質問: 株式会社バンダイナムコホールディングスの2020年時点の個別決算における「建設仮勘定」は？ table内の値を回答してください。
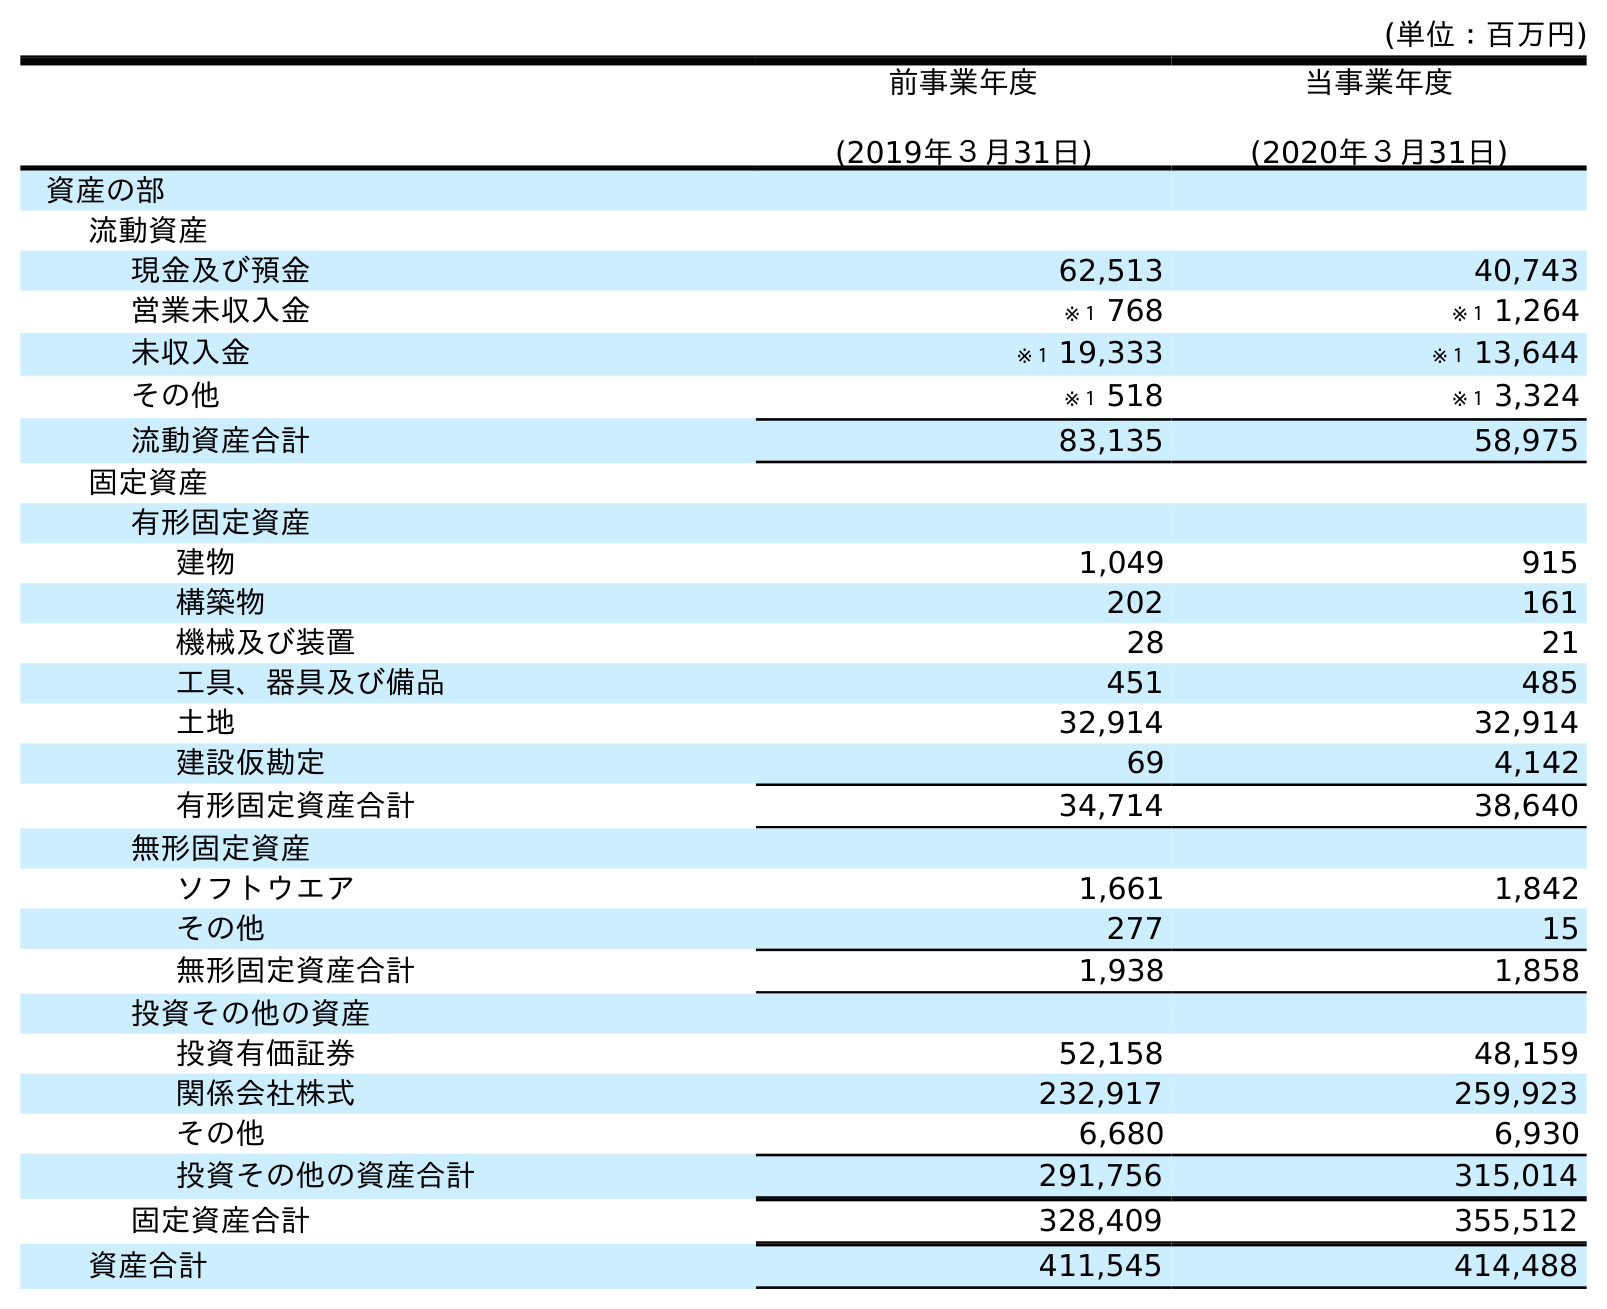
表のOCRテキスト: (単位：百万円) 前事業年度 (2019年３月31日) 当事業年度 (2020年３月31日) 資産の部 流動資産 現金及び預金 62,513 40,743 営業未収入金 ※１ 768 ※１ 1,264 未収入金 ※１ 19,333 ※１ 13,644 その他 ※１ 518 ※１ 3,324 流動資産合計 83,135 58,975 固定資産 有形固定資産 建物 1,049 915 構築物 202 161 機械及び装置 28 21 工具、器具及び備品 451 485 土地 32,914 32,914 建設仮勘定 69 4,142 有形固定資産合計 34,714 38,640 無形固定資産 ソフトウエア 1,661 1,842 その他 277 15 無形固定資産合計 1,938 1,858 投資その他の資産 投資有価証券 52,158 48,159 関係会社株式 232,917 259,923 その他 6,680 6,930 投資その他の資産合計 291,756 315,014 固定資産合計 328,409 355,512 資産合計 411,545 414,488
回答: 4,142